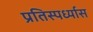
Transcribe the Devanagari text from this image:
प्रतिस्पर्ध्यास